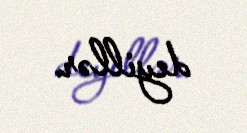
deyillər.